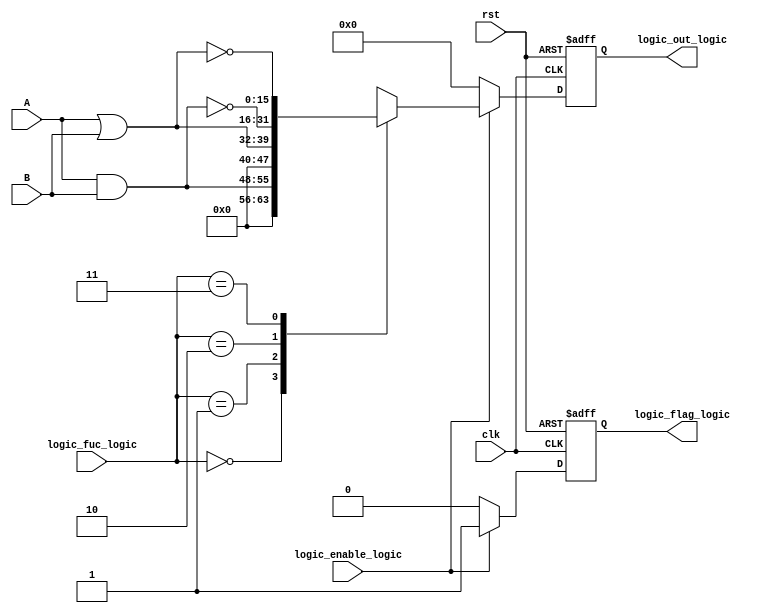
module logic_unit#(parameter input_width=8,output_width=16)(
  input wire [input_width-1:0] A,B,
  input wire [1:0] logic_fuc_logic,
  input wire clk,rst,logic_enable_logic,
  output reg [output_width-1:0] logic_out_logic,
  output reg logic_flag_logic
  );
always@(posedge clk or negedge rst)
    begin
      if(!rst)
        begin
          logic_out_logic<=0;
          logic_flag_logic<=1'b0;
        end
      else if(logic_enable_logic)
        begin
          logic_flag_logic<=1'b1;
          case(logic_fuc_logic)
            2'b00: begin
            logic_out_logic<=A&B;
          end
            2'b01: begin
            logic_out_logic<=A|B;
          end
            2'b10: begin
            logic_out_logic<=~(A&B);
          end
            2'b11: begin
            logic_out_logic<=~(A|B);
          end
          default: begin
            logic_out_logic<=0;
          end
          endcase
       end
     else
       begin
         logic_out_logic<=0;
         logic_flag_logic<=1'b0;
       end
     end

endmodule